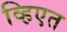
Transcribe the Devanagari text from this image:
व्हिएत